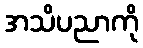
အသိပညာကို